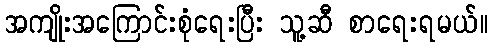
အကျိုးအကြောင်းစုံရေးပြီး သူ့ဆီ စာရေးရမယ်။